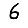
Digit: 6